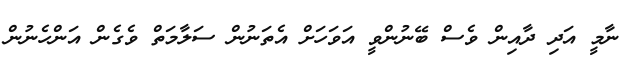
ނާމީ އަދި ދާއިން ވެސް ބޭނުންވީ އަވަހަށް އެތަނުން ސަލާމަތް ވެގެން އަންހެނުން